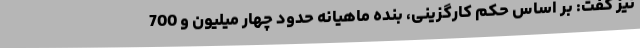
نیز گفت: بر اساس حکم کارگزینی، بنده ماهیانه حدود چهار میلیون و 700